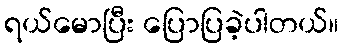
ရယ်မောပြီး ပြောပြခဲ့ပါတယ်။